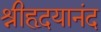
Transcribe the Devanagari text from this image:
श्रीहृदयानंद